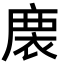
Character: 𢊇